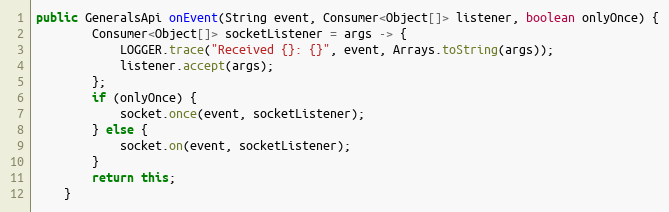
Language: Java
public GeneralsApi onEvent(String event, Consumer<Object[]> listener, boolean onlyOnce) {
        Consumer<Object[]> socketListener = args -> {
            LOGGER.trace("Received {}: {}", event, Arrays.toString(args));
            listener.accept(args);
        };
        if (onlyOnce) {
            socket.once(event, socketListener);
        } else {
            socket.on(event, socketListener);
        }
        return this;
    }